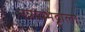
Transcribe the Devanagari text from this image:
नन्नय्यभट्टाला